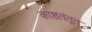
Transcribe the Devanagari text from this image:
काष्ठतंतूत